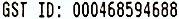
GST ID: 000468594688